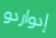
إدواردو